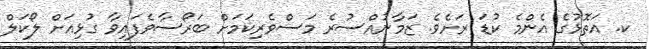
ކ. އަތޮޅުގެ އެންމެ ކުޑަ ރަށެވެ. ޒަމާނުއްސުރެ މަސްވެރިކަމަށް ބަރޯސާވެފައިވާ ގުޅިއަށް ލޯކަލް